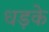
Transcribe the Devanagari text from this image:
धड़के